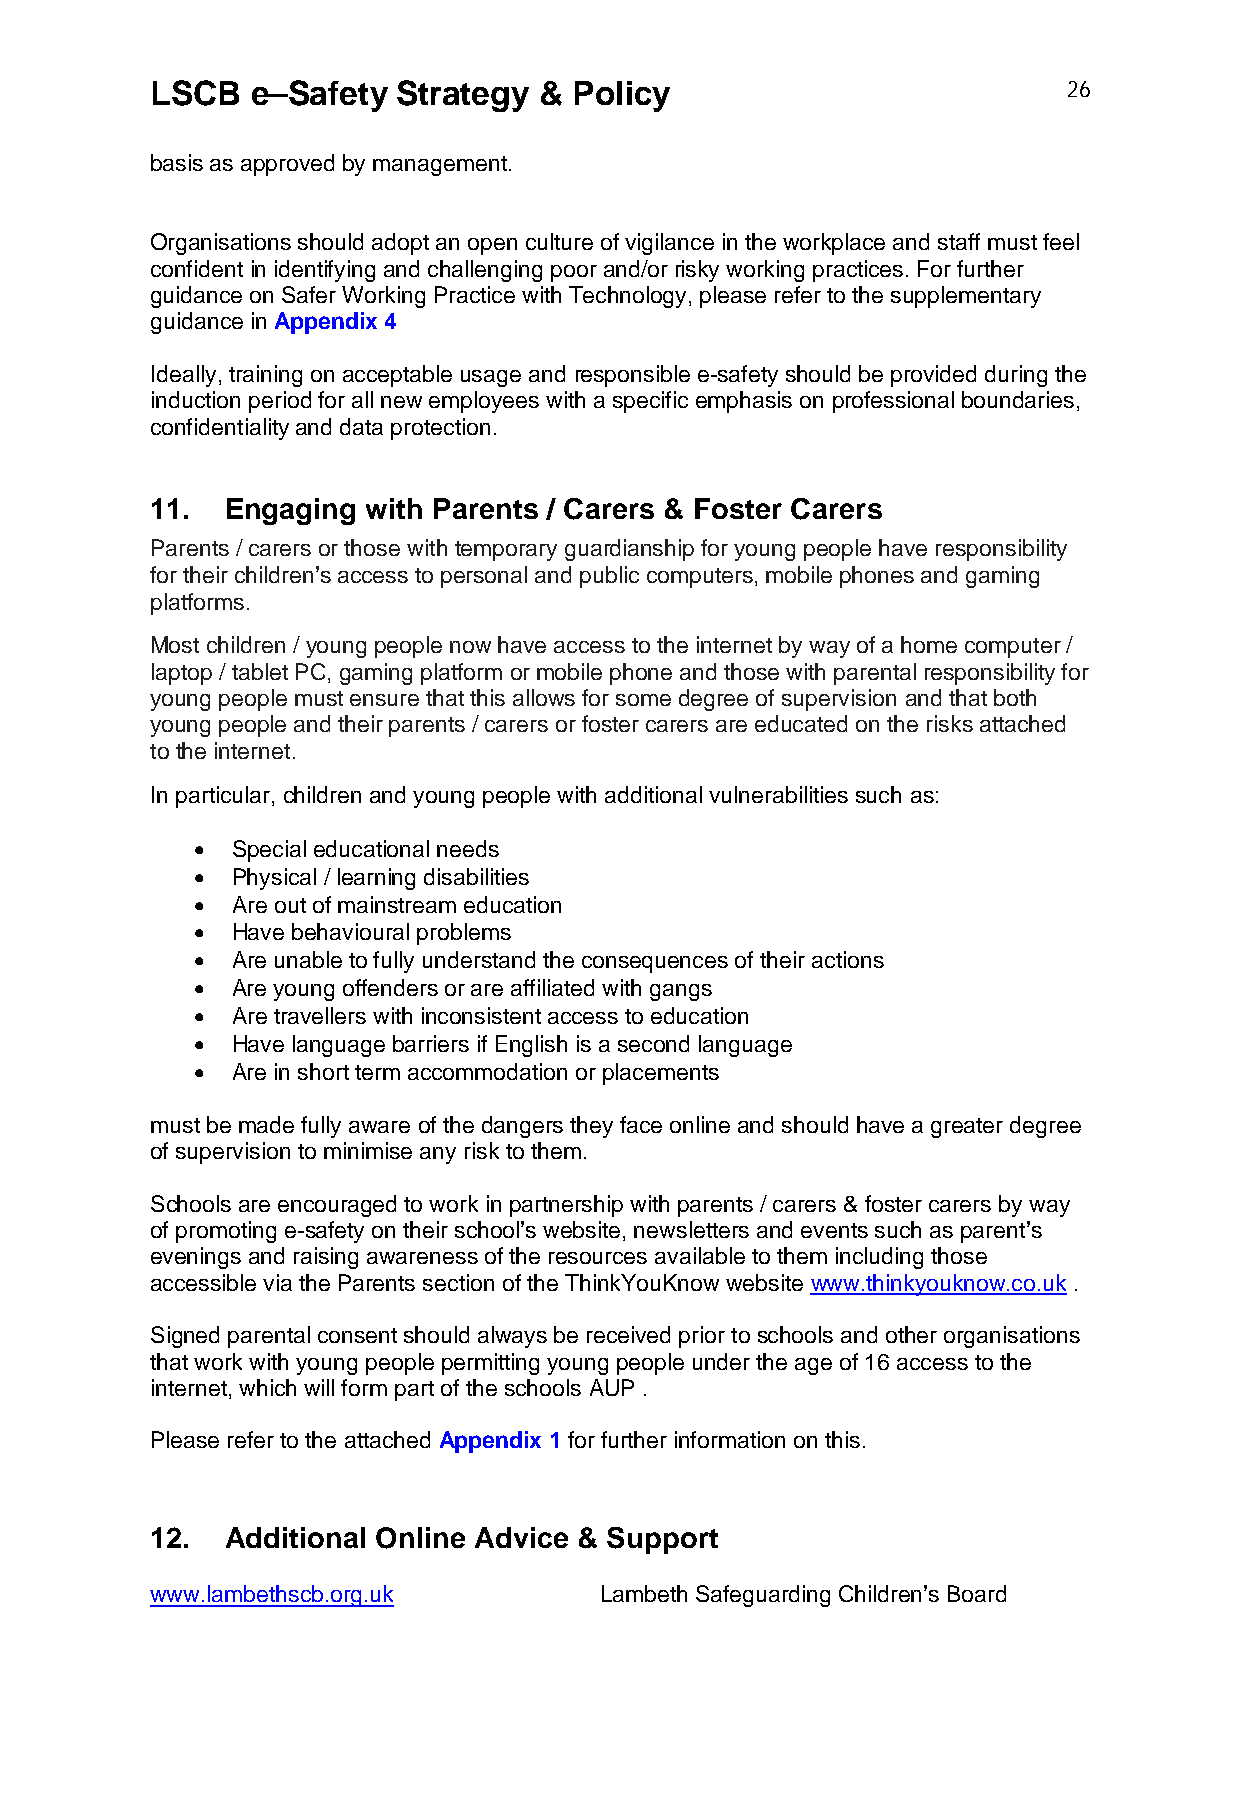
LSCB   e–Safety Strategy  & Policy                           26
 basis as approved by management.
 Organisations should adopt an open culture of vigilance in the workplace and staff must feel
 confident in identifying and challenging poor and/or risky working practices. For further
 guidance on Safer Working Practice with Technology, please refer to the supplementary
 guidance in Appendix 4
 Ideally, training on acceptable usage and responsible e-safety should be provided during the
 induction period for all new employees with a specific emphasis on professional boundaries,
 confidentiality and data protection.
 11.  Engaging with Parents / Carers & Foster Carers
 Parents / carers or those with temporary guardianship for young people have responsibility
 for their children’s access to personal and public computers, mobile phones and gaming
 platforms.
 Most children / young people now have access to the internet by way of a home computer /
 laptop / tablet PC, gaming platform or mobile phone and those with parental responsibility for
 young people must ensure that this allows for some degree of supervision and that both
 young people and their parents / carers or foster carers are educated on the risks attached
 to the internet.
 In particular, children and young people with additional vulnerabilities such as:
  Special educational needs
  Physical / learning disabilities
  Are out of mainstream education
  Have behavioural problems
  Are unable to fully understand the consequences of their actions
  Are young offenders or are affiliated with gangs
  Are travellers with inconsistent access to education
  Have language barriers if English is a second language
  Are in short term accommodation or placements
 must be made fully aware of the dangers they face online and should have a greater degree
 of supervision to minimise any risk to them.
 Schools are encouraged to work in partnership with parents / carers & foster carers by way
 of promoting e-safety on their school’s website, newsletters and events such as parent’s
 evenings and raising awareness of the resources available to them including those
 accessible via the Parents section of the ThinkYouKnow website www.thinkyouknow.co.uk .
 Signed parental consent should always be received prior to schools and other organisations
 that work with young people permitting young people under the age of 16 access to the
 internet, which will form part of the schools AUP .
 Please refer to the attached Appendix 1 for further information on this.
 12.  Additional Online Advice & Support
 www.lambethscb.org.uk         Lambeth Safeguarding Children’s Board